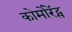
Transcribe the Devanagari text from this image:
कोर्मोरेंट्स